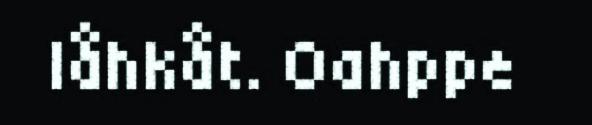
låhkåt. Oahppe